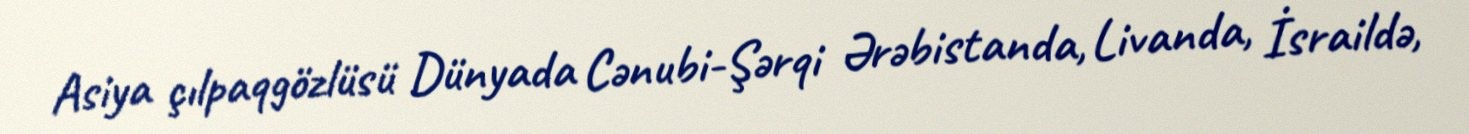
Asiya çılpaqgözlüsü Dünyada Cənubi-Şərqi Ərəbistanda, Livanda, İsraildə,